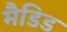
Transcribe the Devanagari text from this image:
मैडिड